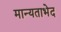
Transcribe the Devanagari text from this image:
मान्यताभेद